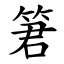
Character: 䇹